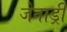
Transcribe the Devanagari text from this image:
जेनाड्री